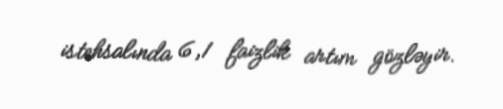
istehsalında 6,1 faizlik artım gözləyir.